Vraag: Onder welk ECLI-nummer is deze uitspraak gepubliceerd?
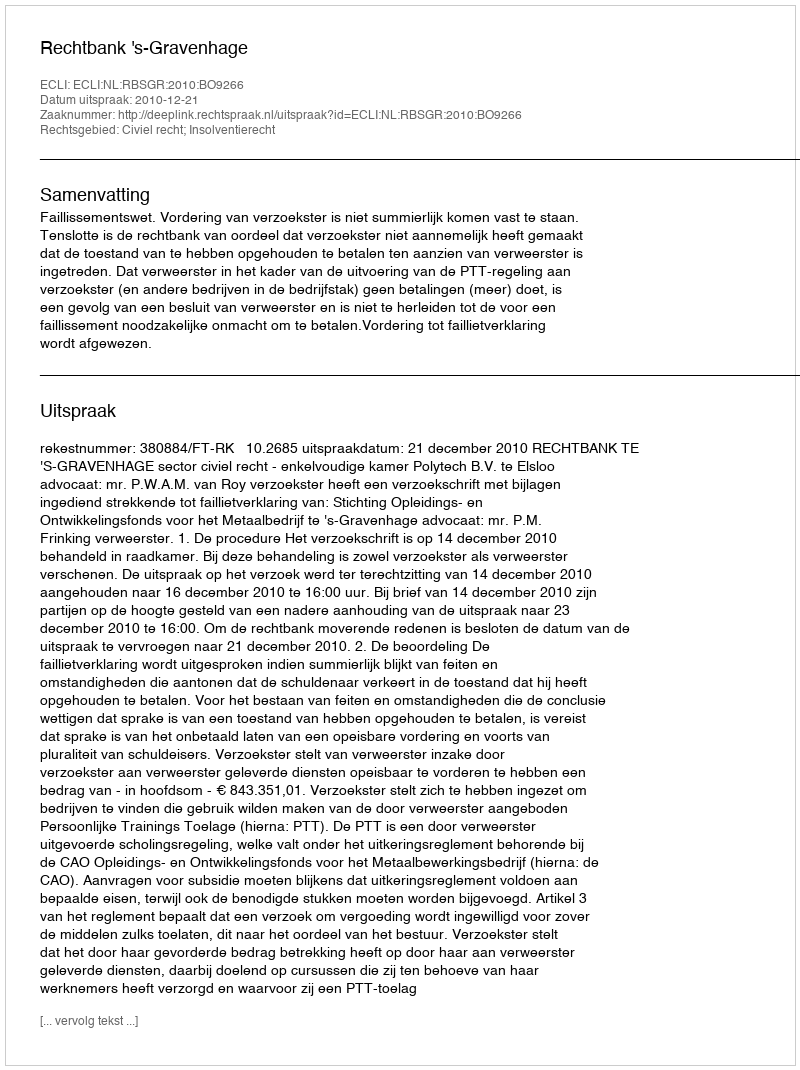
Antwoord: ECLI:NL:RBSGR:2010:BO9266